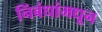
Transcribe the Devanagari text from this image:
निंबंधांमधून